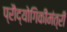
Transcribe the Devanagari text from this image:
प्रौद्योगिकीमंत्री